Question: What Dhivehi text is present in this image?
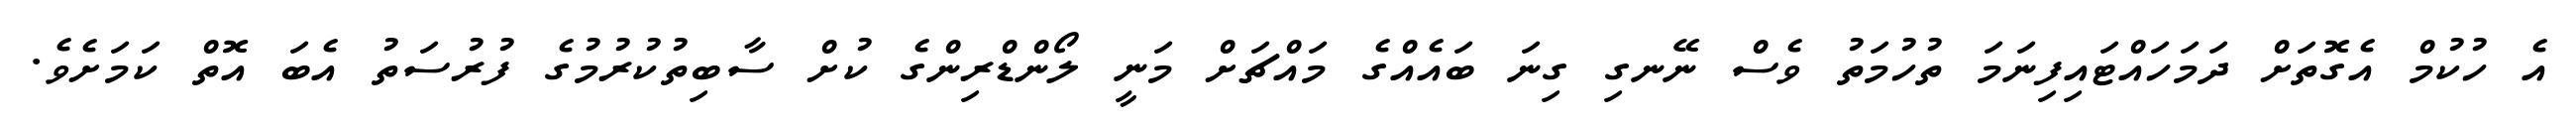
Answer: އެ ހުކުމް އެގޮތަށް ދަމަހައްޓައިފިނަމަ ތުހުމަތު ވެސް ނޭނގި ގިނަ ބައެއްގެ މައްޗަށް މަނީ ލޯންޑްރިންގެ ކުށް ސާބިތުކުރުމުގެ ފުރުސަތު އެބަ އޮތް ކަމަށެވެ.